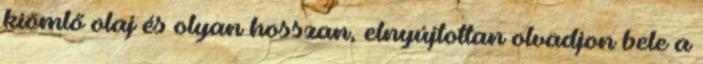
kiömlő olaj és olyan hosszan, elnyújtottan olvadjon bele a